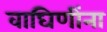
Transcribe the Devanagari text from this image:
वाघिणींना